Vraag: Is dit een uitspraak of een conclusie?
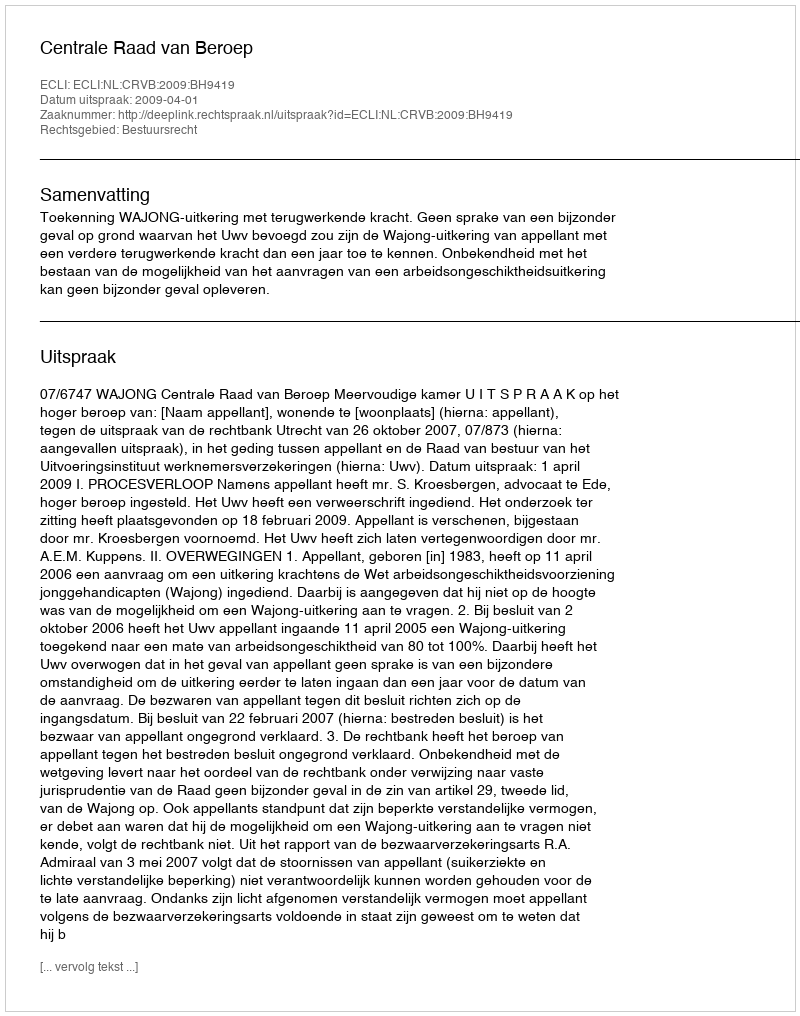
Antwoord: Uitspraak